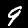
Digit: 9